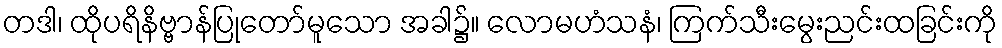
တဒါ၊ ထိုပရိနိဗ္ဗာန်ပြုတော်မူသော အခါ၌။ လောမဟံသနံ၊ ကြက်သီးမွေးညင်းထခြင်းကို